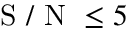
\mathrm { ~ S ~ / ~ N ~ } \le 5